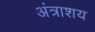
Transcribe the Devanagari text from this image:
अंत्राशय